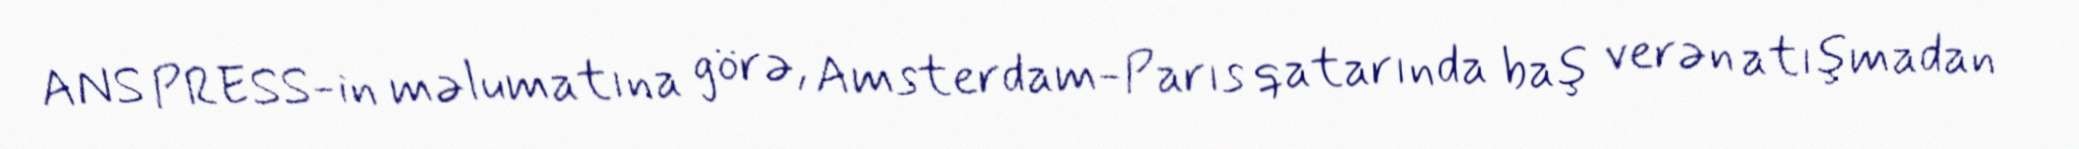
ANS PRESS-in məlumatına görə, Amsterdam-Parıs qatarında baş verən atışmadan